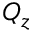
Q _ { z }